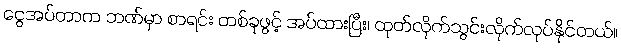
ငွေအပ်တာက ဘဏ်မှာ စာရင်း တစ်ခုဖွင့် အပ်ထားပြီး၊ ထုတ်လိုက်သွင်းလိုက်လုပ်နိုင်တယ်။